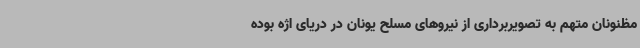
مظنونان متهم به تصویربرداری از نیروهای مسلح یونان در دریای اژه بوده